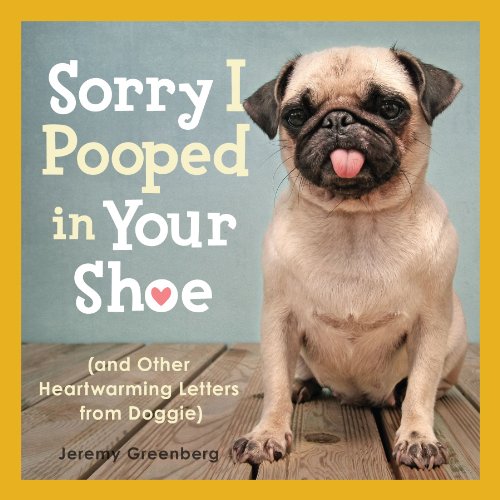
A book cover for Sorry I Pooped in Your Shoe (and Other Heartwarming Letters from Doggie); Jeremy Greenberg; Humor & Entertainment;